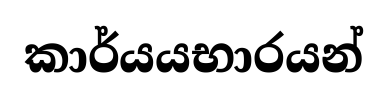
කාර්යයභාරයන්